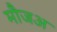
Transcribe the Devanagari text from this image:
मौजअ